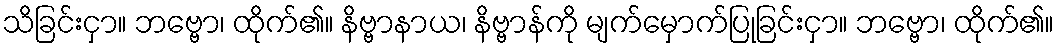
သိခြင်းငှာ။ ဘဗ္ဗော၊ ထိုက်၏။ နိဗ္ဗာနာယ၊ နိဗ္ဗာန်ကို မျက်မှောက်ပြုခြင်းငှာ။ ဘဗ္ဗော၊ ထိုက်၏။